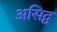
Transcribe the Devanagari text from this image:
असिद्व